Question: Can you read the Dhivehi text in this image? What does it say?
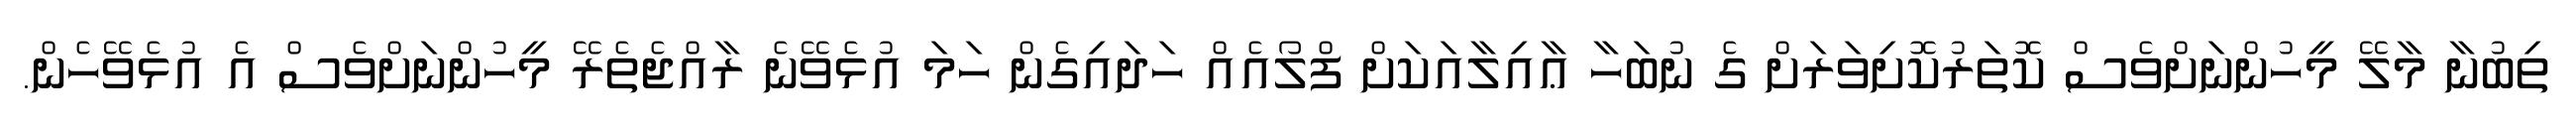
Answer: ތިބުނާ މާލޭ މީހުންނަށްވެސް ކޮތަރުކޮށިވަރަށް ގެ ނުބަހާ ޢާއިލާއަކަށް ފްލޯއެއް ހަދައިގެން ހަމަ އުޅެވޭނެ ރާއްޖެތެރޭ މީހުންނަށްވެސް އެ އުޅެވޭހެން.